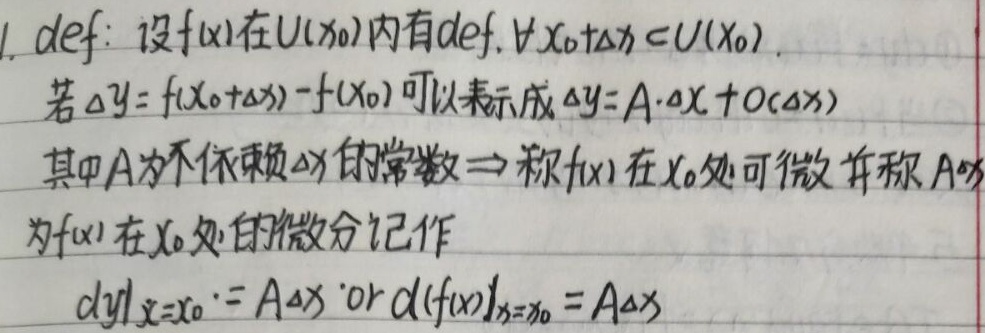
1. def: 设\(f(x)\)在\(U(x_{0})\)内有定义。\(\forall x_{0}+\Delta x\in U(x_{0})\)。若\(\Delta y = f(x_{0}+\Delta x)-f(x_{0})\)可以表示成\(\Delta y=A\cdot\Delta x + o(\Delta x)\)，其中\(A\)为不依赖\(\Delta x\)的常数\(\Rightarrow\)称\(f(x)\)在\(x_{0}\)处可微，并称\(A\Delta x\)为\(f(x)\)在\(x_{0}\)处的微分，记作\(\left.dy\right|_{x = x_{0}}=A\Delta x\) or \(\left.d(f(x))\right|_{x = x_{0}}=A\Delta x\)